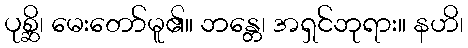
ပုစ္ဆိ၊ မေးတော်မူ၏။ ဘန္တေ၊ အရှင်ဘုရား။ နဟိ၊